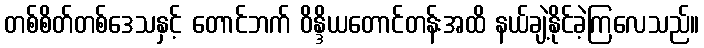
တစ်စိတ်တစ်ဒေသနှင့် တောင်ဘက် ဝိန္ဒိယတောင်တန်းအထိ နယ်ချဲ့နိုင်ခဲ့ကြလေသည်။